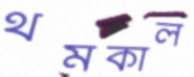
থমকাল